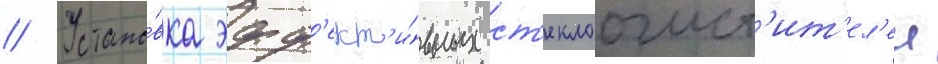
// Устано́вка эфф'ект'и́вных ст'еклоочист'ит'ел'еи